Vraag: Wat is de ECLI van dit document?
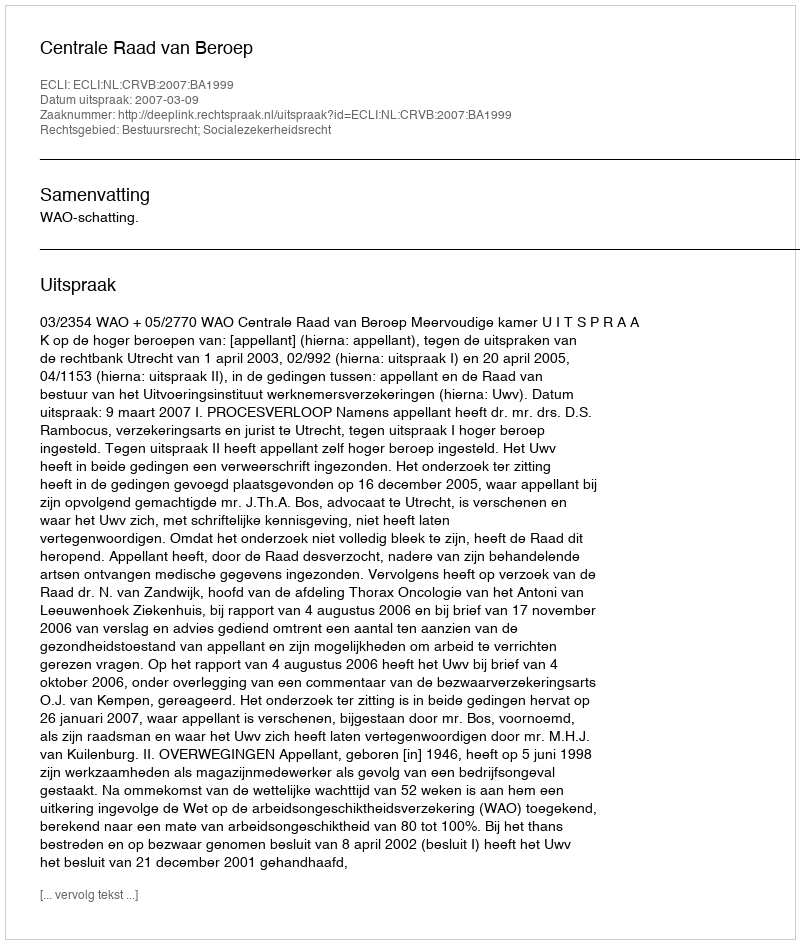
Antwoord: ECLI:NL:CRVB:2007:BA1999